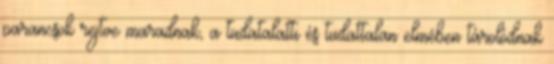
parancsok rejtve maradnak, a tudatalatti és tudattalan elmében tárolódnak